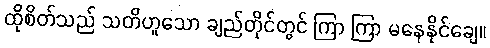
ထိုစိတ်သည် သတိဟူသော ချည်တိုင်တွင် ကြာ ကြာ မနေနိုင်ချေ။